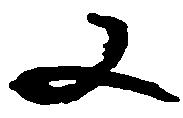
又